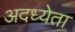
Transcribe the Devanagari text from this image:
अदध्येता